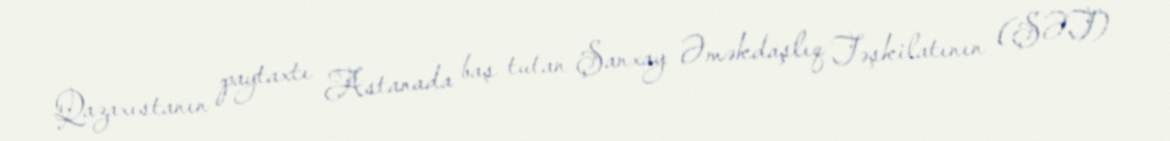
Qazaxıstanın paytaxtı Astanada baş tutan Şanxay Əməkdaşlıq Təşkilatının (ŞƏT)